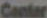
Cantar